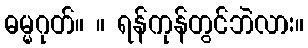
ဓမ္မဂုတ်။ ။ ရန်ကုန်တွင်ဘဲလား။